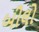
બીલો